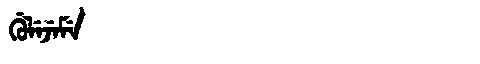
Manchu: ᡤᡠᠯᡝᠵᡝᠮᡝ
Romanization: GULEJEME